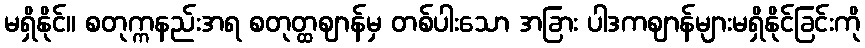
မရှိနိုင်။ စတုက္ကနည်းအရ စတုတ္ထဈာန်မှ တစ်ပါးသော အခြား ပါဒကဈာန်များမရှိနိုင်ခြင်းကို